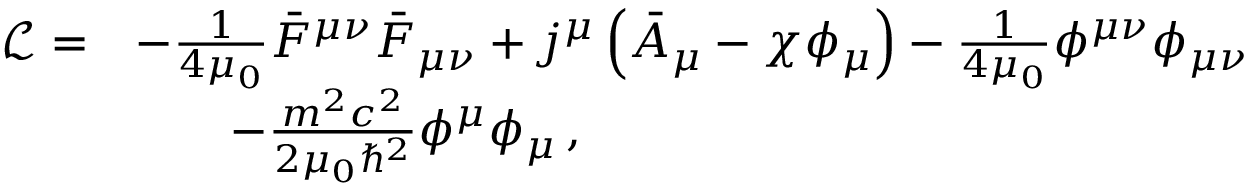
\begin{array} { r l } { \mathcal L = } & { - \frac { 1 } { 4 \mu _ { 0 } } \bar { F } ^ { \mu \nu } \bar { F } _ { \mu \nu } + j ^ { \mu } \left( \bar { A } _ { \mu } - \chi \phi _ { \mu } \right) - \frac { 1 } { 4 \mu _ { 0 } } \phi ^ { \mu \nu } \phi _ { \mu \nu } } \\ & { \qquad - \frac { m ^ { 2 } c ^ { 2 } } { 2 \mu _ { 0 } \hbar ^ { 2 } } \phi ^ { \mu } \phi _ { \mu } \, , } \end{array}